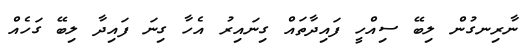
ނާރިނގުން ލިބޭ ސިއްހީ ފައިދާތައް ގިނައިރު އެހާ ގިނަ ފައިދާ ލިބޭ ގަހެއް